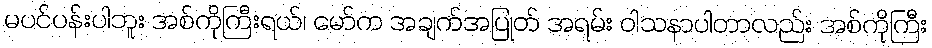
မပင်ပန်းပါဘူး အစ်ကိုကြီးရယ်၊ မော်က အချက်အပြုတ် အရမ်း ဝါသနာပါတာလည်း အစ်ကိုကြီး